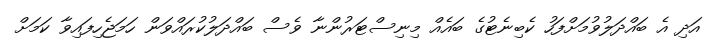
އަދި އެ ބައްދަލުވުމަށްފަހު ކެބިނެޓުގެ ބައެއް މިނިސްޓަރުންނާ ވެސް ބައްދަލުކުރައްވަން ހަމަޖެހިފައިވާ ކަމަށް